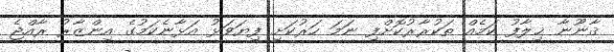
ޤާނޫނާ ޚިލާފު ކަމެއް ތަކުރާރުކޮށްފި ނަމަ ހަރުކަށި ފިޔަވަޅު އަޅާނެކަމުގެ އިންޒާރު ރާއްޖެ